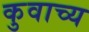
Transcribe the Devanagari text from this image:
कुवाच्य